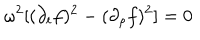
\omega ^ { 2 } [ ( \partial _ { t } f ) ^ { 2 } - ( \partial _ { \rho } f ) ^ { 2 } ] = 0